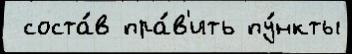
 соста́в пра́в'ить пу́нкты